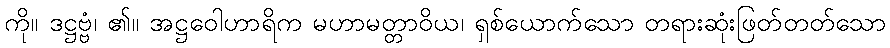
ကို။ ဒဋ္ဌဗ္ဗံ၊ ၏။ အဋ္ဌဝေါဟာရိက မဟာမတ္တာဝိယ၊ ရှစ်ယောက်သော တရားဆုံးဖြတ်တတ်သော